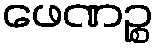
ဖေဏဉ္စ